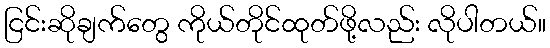
ငြင်းဆိုချက်တွေ ကိုယ်တိုင်ထုတ်ဖို့လည်း လိုပါတယ်။